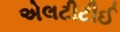
એલટીટીઈ